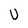
Character: U